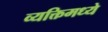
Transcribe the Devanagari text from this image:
व्यक्तिमध्ये